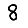
Digit: 8